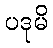
ပဒုမိ